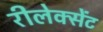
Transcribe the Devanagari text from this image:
रीलेक्सेंट